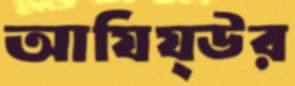
আযিয্উর